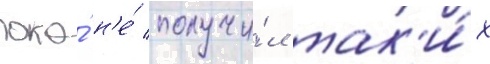
пока́ н'е́ получи́л так'и́х